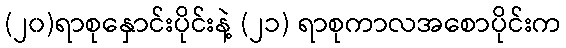
(၂၀)ရာစုနှောင်းပိုင်းနဲ့ (၂၁) ရာစုကာလအစောပိုင်းက